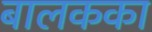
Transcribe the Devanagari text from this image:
बालकका